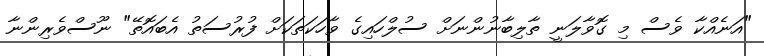
"އަނެއްކާ ވެސް މި ގޮވާލަނީ ތާލިބާނުންނަށް ސުލްހައިގެ ވާހަކަތަކަށް ފުރުސަތު އެބައޮތޭ" ނޫސްވެރިންނާ